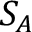
S _ { A }